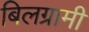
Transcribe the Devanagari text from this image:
बिलग्रामी